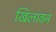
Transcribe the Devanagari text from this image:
खिलावन